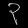
Digit: ၃